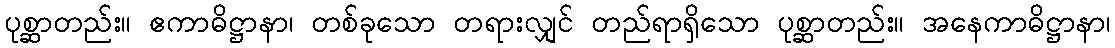
ပုစ္ဆာတည်း။ ဧကာဓိဋ္ဌာနာ၊ တစ်ခုသော တရားလျှင် တည်ရာရှိသော ပုစ္ဆာတည်း။ အနေကာဓိဋ္ဌာနာ၊